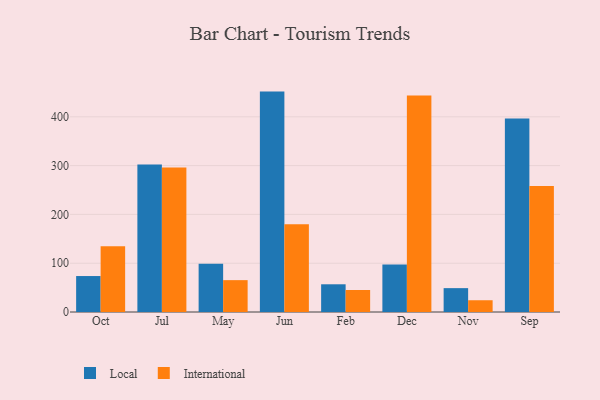
{"axis": {"x": "Month", "y": "Population (Million)"}, "legend": ["International", "Local"], "data": [{"x": "Oct", "y": 73.7, "type": "Local"}, {"x": "Oct", "y": 134.7, "type": "International"}, {"x": "Jul", "y": 302.4, "type": "Local"}, {"x": "Jul", "y": 296.0, "type": "International"}, {"x": "May", "y": 98.9, "type": "Local"}, {"x": "May", "y": 65.3, "type": "International"}, {"x": "Jun", "y": 451.7, "type": "Local"}, {"x": "Jun", "y": 180.0, "type": "International"}, {"x": "Feb", "y": 56.8, "type": "Local"}, {"x": "Feb", "y": 45.1, "type": "International"}, {"x": "Dec", "y": 97.2, "type": "Local"}, {"x": "Dec", "y": 443.8, "type": "International"}, {"x": "Nov", "y": 48.9, "type": "Local"}, {"x": "Nov", "y": 24.1, "type": "International"}, {"x": "Sep", "y": 396.8, "type": "Local"}, {"x": "Sep", "y": 258.2, "type": "International"}]}